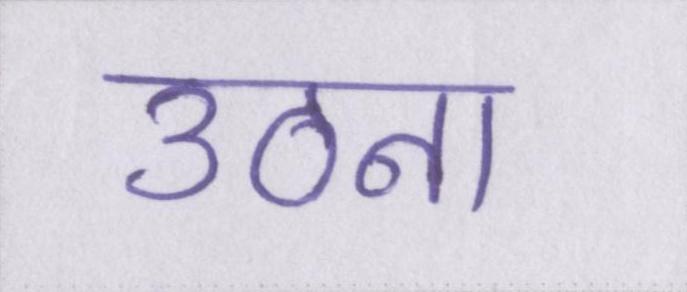
उठना